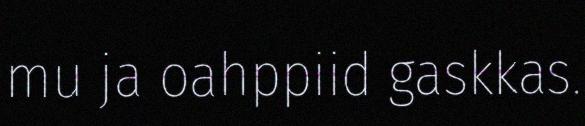
mu ja oahppiid gaskkas.